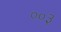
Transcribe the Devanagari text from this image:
००३